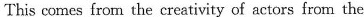
This comes from the creativity of actors from the